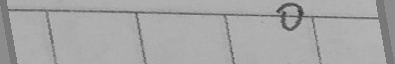
0